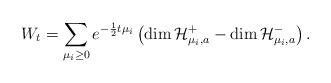
LaTeX: \begin{align*}W_t=\sum_{\mu_i\geq 0}e^{-\frac{1}{2}t\mu_i}\left({\rm dim}\,\mathcal H_{\mu_i,a}^+-{\rm dim}\,\mathcal H_{\mu_i,a}^-\right).\end{align*}